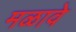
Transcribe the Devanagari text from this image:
मळावे